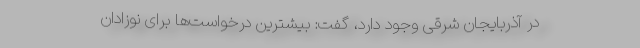
در آذربایجان شرقی وجود دارد، گفت: بیشترین درخواست‌ها برای نوزادان